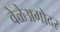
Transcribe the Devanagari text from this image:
वेळेअगोदर